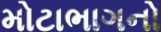
મોટાભાગનો